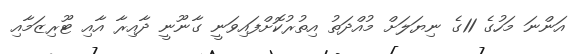
އަންނަ މަހުގެ 11ގެ ނިޔަލަށް މުއްދަތު އިތުރުކޮށްފައިވަނީ ގާނޫނީ ދާއިރާ އާއި ޓޫރިޒަމާއި